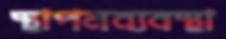
স্থাপনব্যবস্থা